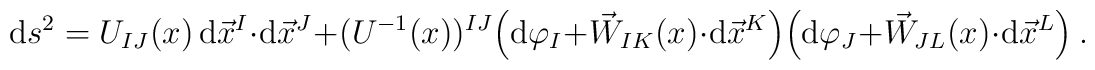
{\rm d}s^2=U_{IJ}(x)\,{\rm d}\vec{x}^I\cdot {\rm d}\vec{x}^J+(U^{-1}(x))^{IJ}\Big({\rm d}\varphi_I+\vec{W}_{IK}(x)\cdot {\rm d}\vec{x}^K\Big)\Big ({\rm d}\varphi_J+\vec{W}_{JL}(x)\cdot {\rm d}\vec{x}^L\Big )\ .